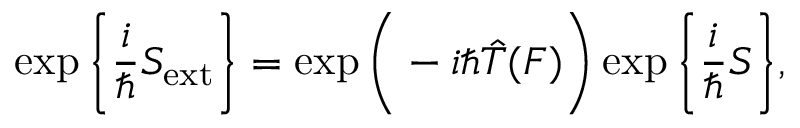
\exp \bigg \{ \frac { i } { \hbar } S _ { \mathrm { e x t } } \bigg \} = \exp \bigg ( - i \hbar \hat { T } ( F ) \bigg ) \exp \bigg \{ \frac { i } { \hbar } S \bigg \} ,